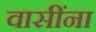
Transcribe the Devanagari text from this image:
वासींना